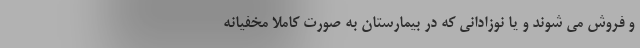
و فروش می شوند و یا نوزادانی که در بیمارستان به صورت کاملا مخفیانه